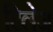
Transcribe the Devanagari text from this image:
टिलेज